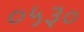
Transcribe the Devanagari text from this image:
०५३०